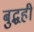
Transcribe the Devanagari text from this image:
बुद्धही